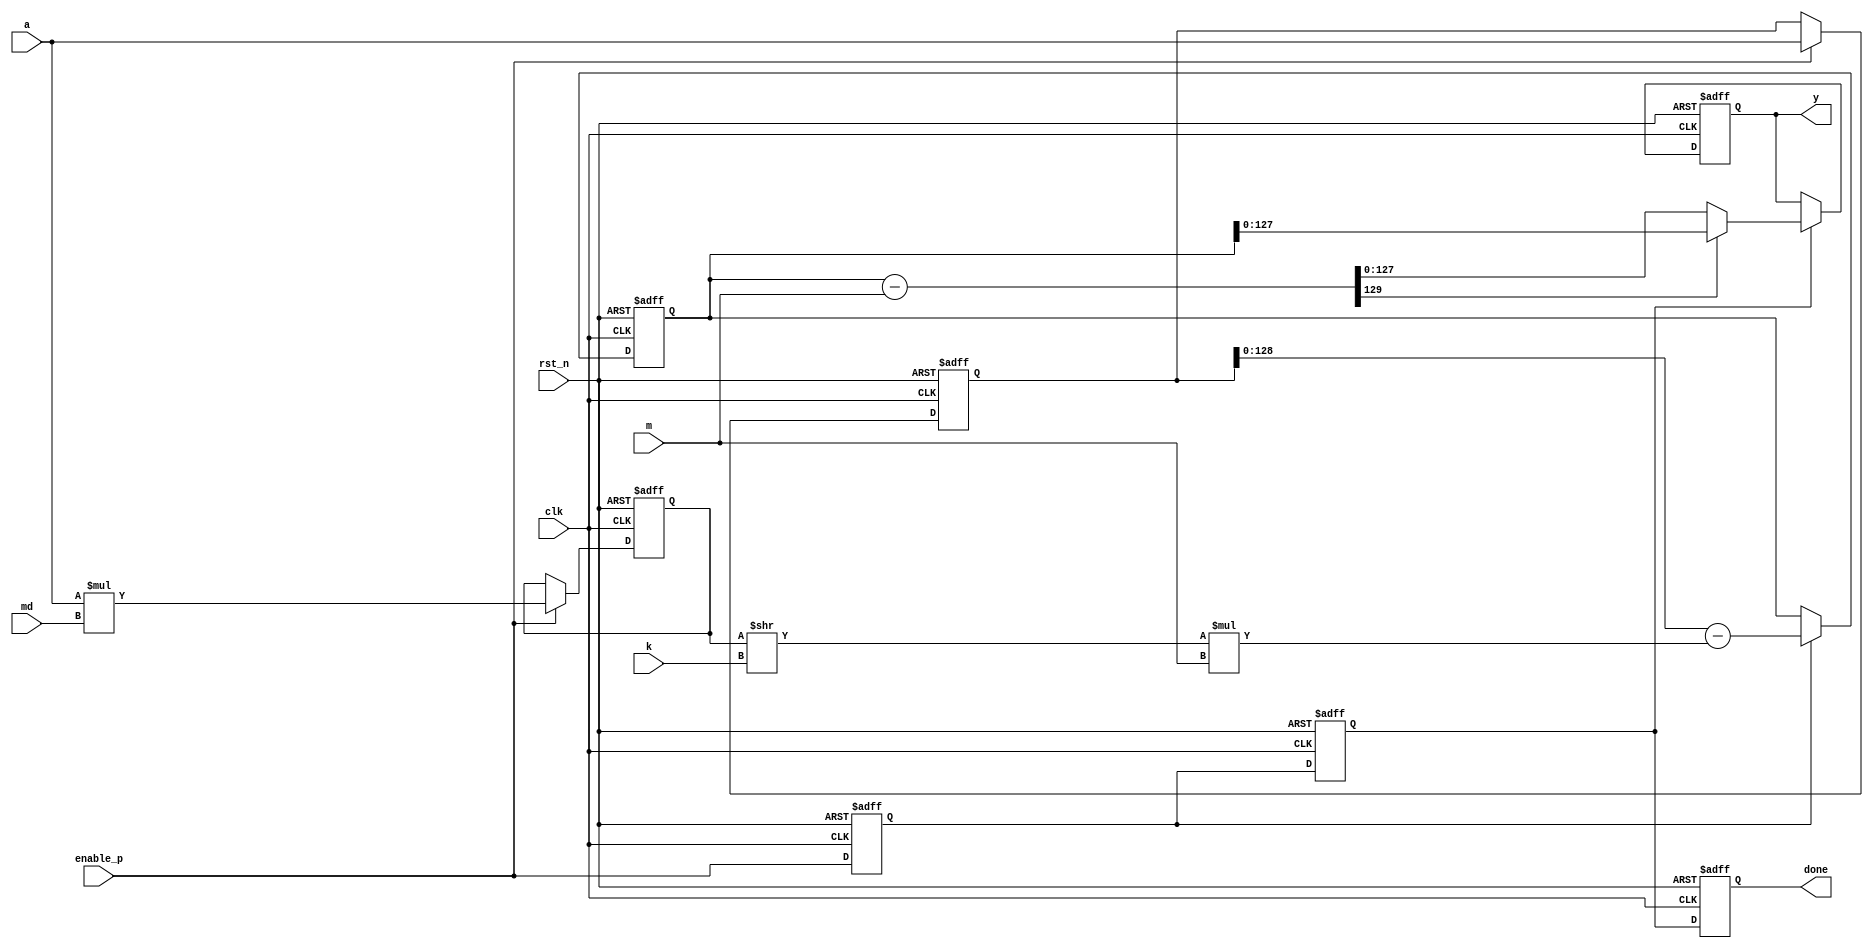
module barrett_red  #(
  parameter NBITS = 128,
  parameter PBITS = 0

 ) (
  input                          clk,
  input                          rst_n,
  input                          enable_p,
  input  [2*NBITS-1 :0]          a,
  input  [NBITS-1 :0]            m,
  input  [2*$clog2(NBITS)-1:0]   k,
  input  [NBITS+32-1:0]          md,
  //input  [NBITS:0]               md,
  output reg                     done,
  output reg [NBITS-1 :0]        y
);


reg  [2*NBITS-1   :0]   a_loc;
reg  [3*NBITS+32-1 :0]  y_loc;
//reg  [3*NBITS :0]       y_loc;

wire  [NBITS :0]        y_loc_shftd;

reg enable_p_d1;
reg enable_p_d2;

reg  [NBITS :0]         y_red;
reg  [NBITS+1 :0]       y_red_sub_m;

always @ (posedge clk or negedge rst_n) begin
  if (rst_n == 1'b0) begin
    a_loc <= {2*NBITS{1'b0}};
    //y_loc <= {(3*NBITS+1){1'b0}};
    y_loc <= {(3*NBITS+32){1'b0}};
  end
  else begin
    if (enable_p == 1'b1) begin
      a_loc <= a;
      y_loc <= (a*md);
    end 
  end
end

always @ (posedge clk or negedge rst_n) begin
  if (rst_n == 1'b0) begin
    enable_p_d1 <= 1'b0;
    enable_p_d2 <= 1'b0;
    done        <= 1'b0;
  end
  else begin
    enable_p_d1 <= enable_p;
    enable_p_d2 <= enable_p_d1;
    done        <= enable_p_d2;
  end
end

assign  y_loc_shftd = y_loc >> k;


always @ (posedge clk or negedge rst_n) begin
  if (rst_n == 1'b0) begin
    y_red <= {2*NBITS{1'b0}};
  end
  else if (enable_p_d1 == 1'b1) begin
    y_red <= a_loc - y_loc_shftd*m;
  end
end

assign y_red_sub_m = y_red - m;



always @ (posedge clk or negedge rst_n) begin
  if (rst_n == 1'b0) begin
    y <= {NBITS{1'b0}};
  end
  else if (enable_p_d2 == 1'b1) begin
    if (y_red_sub_m[NBITS+1] == 1'b1) begin
      y <= y_red;
    end
    else begin
      y <= y_red_sub_m;
    end
  end
end


endmodule